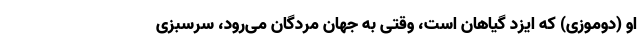
او (دوموزی) که ایزد گیاهان است، وقتی به جهان مردگان می‌رود، سرسبزی